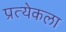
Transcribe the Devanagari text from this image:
प्रत्येकला